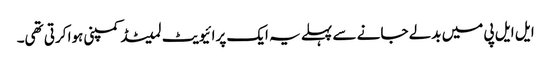
ایل ایل پی میں بدلے جانے سے پہلے یہ ایک پرائیویٹ لمیٹڈ کمپنی ہوا کرتی تھی۔